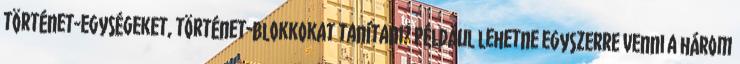
történet-egységeket, történet-blokkokat tanítani? Például lehetne egyszerre venni a három